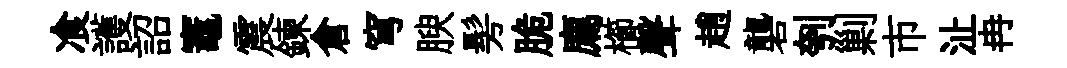
飡護詔竈震鍊倉穹腴髣脆廌櫛聲趙礱刳剿市沚冉